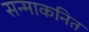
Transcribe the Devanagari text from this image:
सन्माकनित